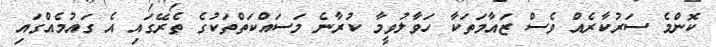
ކޮންމެ ސަރުކާރެއް ވެސް ޒައާމަތަކާ ހަވާލުވީމާ ކުރާނެ މަސައްކަތްތަކުގެ ތެރޭގައި އެ ގައުމެއްގައި